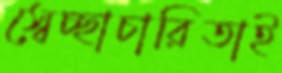
স্বেচ্ছাচারিতাই